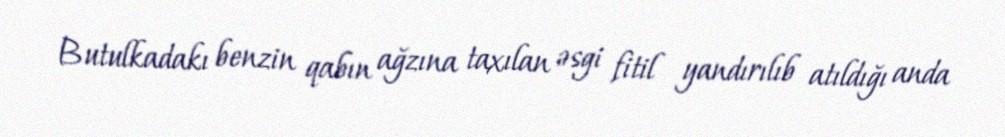
Butulkadakı benzin qabın ağzına taxılan əsgi fitil yandırılıb atıldığı anda